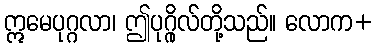
ဣမေပုဂ္ဂလာ၊ ဤပုဂ္ဂိုလ်တို့သည်။ လောက+